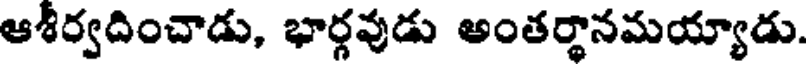
ఆశీర్వదించాడు, భార్గవుడు అంతర్థానమయ్యాడు.